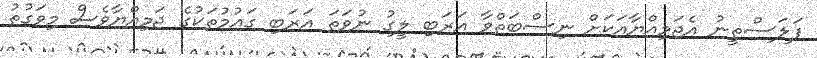
ފަލަސްތީނު އެޖަމިއްޔާއަކަށް ނިސްބަތްވާ އަރަބި ލީގު ނުވަތަ އަރަބި ގައުމުތަކުގެ ޖަމިއްޔާވެސް މިވަގުތު